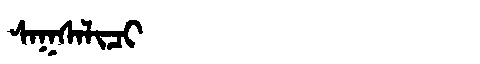
Manchu: ᠰᠠᡴᠰᠠᠯᡳᠴᡳ
Romanization: SAKSALICI